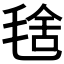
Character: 𣮞